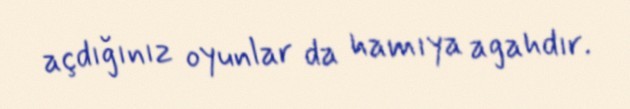
açdığınız oyunlar da hamıya agahdır.